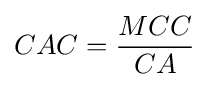
CAC={\frac {MCC}{CA}}